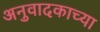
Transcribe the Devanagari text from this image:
अनुवादकाच्या